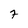
Character: 7